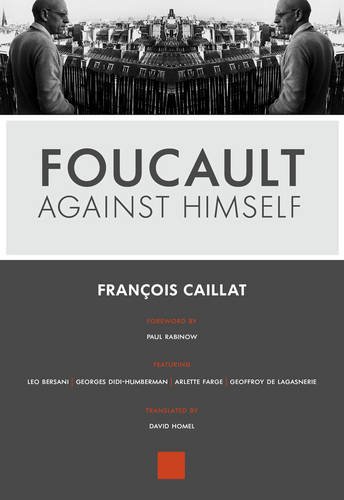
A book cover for Foucault Against Himself; FranÃ§ois Caillat; Gay & Lesbian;